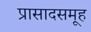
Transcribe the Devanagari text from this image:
प्रासादसमूह